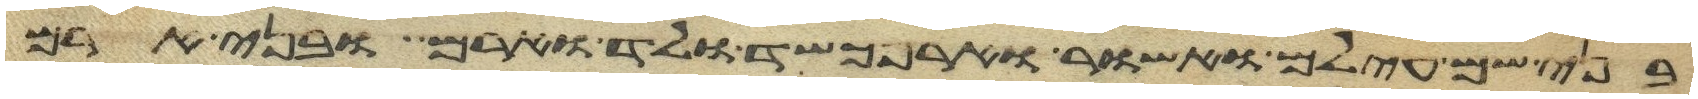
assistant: בני שם עילם ואשור וארפכשד ולד וארם ובני ארם